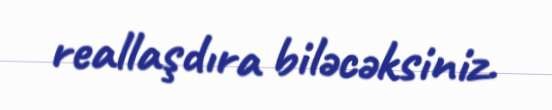
reallaşdıra biləcəksiniz.